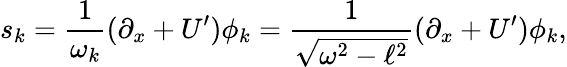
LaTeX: s_{k}=\frac{1}{\omega_{k}}(\partial_{x}+U{'})\phi_{k}=\frac{1}{\sqrt{\omega^{2}-\ell^{2}}}(\partial_{x}+U{'})\phi_{k},